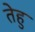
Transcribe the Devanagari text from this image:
तेहु